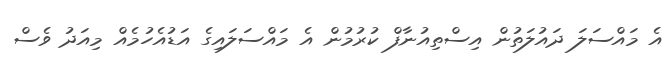
އެ މައްސަލަ ދައުލަތުން އިސްތިއުނާފް ކުރުމުން އެ މައްސަލައިގެ އަޑުއެހުމެއް މިއަދު ވެސް